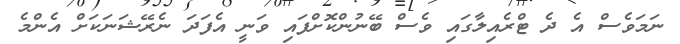
ނަމަވެސް އެ ދެ ޓްރެއިލާގައި ވެސް ބޭނުންކޮށްފައި ވަނީ އެފަދަ ނެރޭޝަނަކަށް އެންމެ